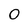
Character: 0